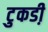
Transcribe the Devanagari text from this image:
टुकडी़